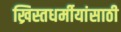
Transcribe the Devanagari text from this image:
ख्रिस्तधर्मीयांसाठी